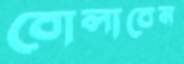
বোলাবেন